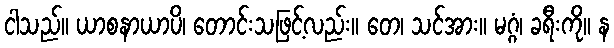
ငါသည်။ ယာစနာယာပိ၊ တောင်းသဖြင့်လည်း။ တေ၊ သင်အား။ မဂ္ဂံ၊ ခရီးကို။ န